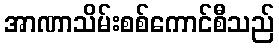
အာဏာသိမ်းစစ်ကောင်စီသည်